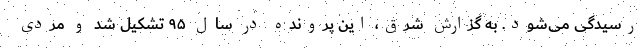
رسیدگی می‌شود. به گزارش شرق، این پرونده در سال ۹۵ تشکیل شد و مردی